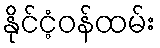
နိုင်ငံ့ဝန်ထမ်း